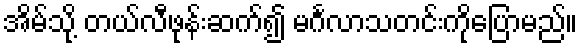
အိမ်သို့ တယ်လီဖုန်းဆက်၍ မင်္ဂလာသတင်းကိုပြောမည်။